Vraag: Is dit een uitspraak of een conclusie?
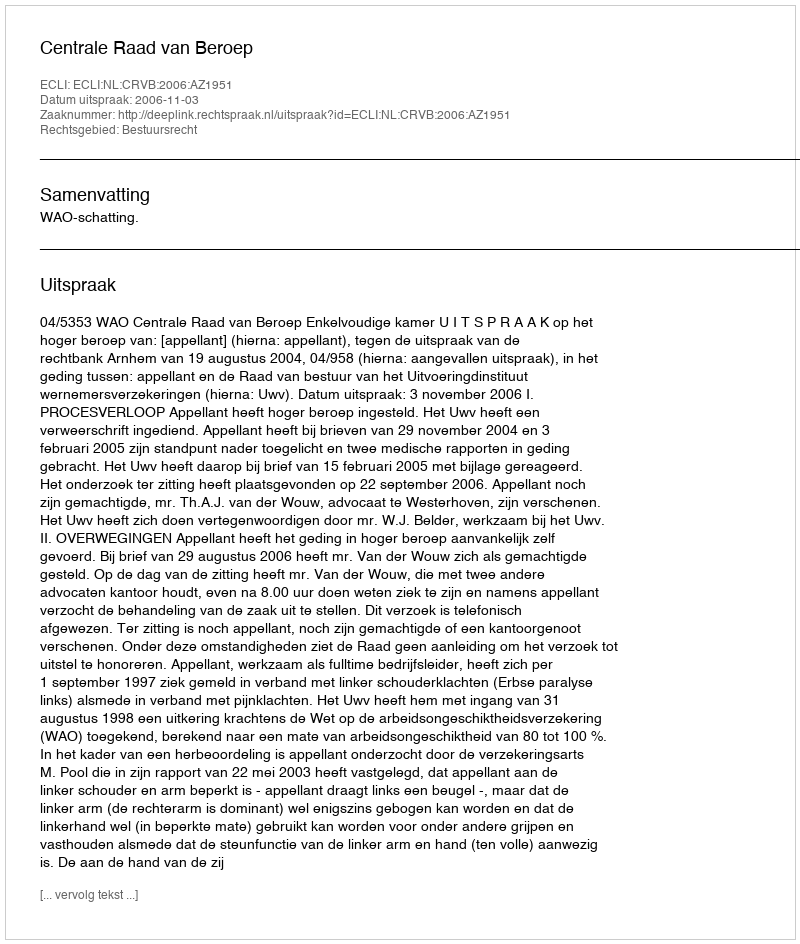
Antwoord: Uitspraak